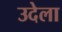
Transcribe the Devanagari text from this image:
उदेला